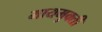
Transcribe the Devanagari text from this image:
मायमुक्ती